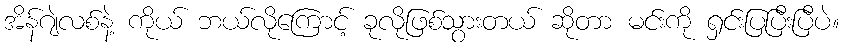
အိန်ဂျဲလစ်နဲ့ ကိုယ် ဘယ်လိုကြောင့် ခုလိုဖြစ်သွားတယ် ဆိုတာ မင်းကို ရှင်းပြပြီးပြီပဲ။